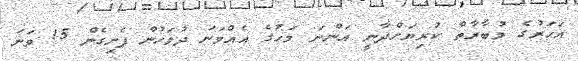
އަހަރުގެ މުބާރާތް ކުރިޔަށްދާނީ އަންނަ މަހުގެ އެއްވަނަ ދުވަހުން ފެށިގެން 15 ވަނަ